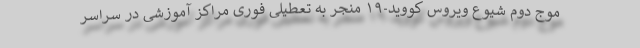
موج دوم شیوع ویروس کووید-۱۹ منجر به تعطیلی فوری مراکز آموزشی در سراسر